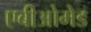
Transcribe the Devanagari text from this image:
एबीओमेड